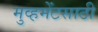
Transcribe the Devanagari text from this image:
मुव्हमेंटसाठी